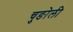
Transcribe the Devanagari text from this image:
चुङोली